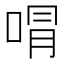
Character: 𭈭